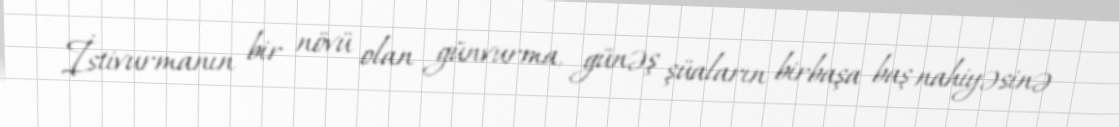
İstivurmanın bir növü olan günvurma, günəş şüaların birbaşa baş nahiyəsinə